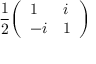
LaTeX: { \frac { 1 } { 2 } } { \left( \begin{array} { l l } { 1 } & { i } \\ { - i } & { 1 } \end{array} \right) }